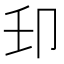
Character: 𫧺